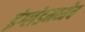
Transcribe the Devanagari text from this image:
इंग्लंडमध्येच